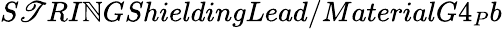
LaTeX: S\mathscr{T}RI\mathbb{N}GShieldingLead/MaterialG4_{P}b